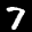
Label: 7